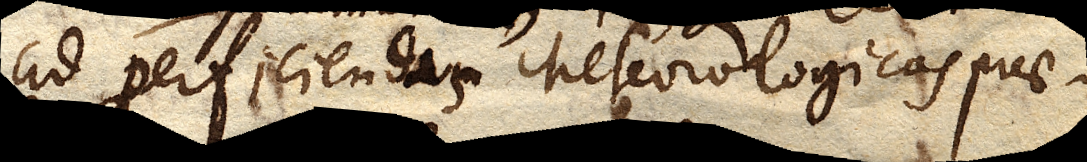
ad perficiendas Meteorologicas prae–